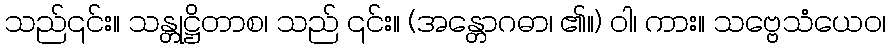
သည်၎င်း။ သန္တုဋ္ဌိတာစ၊ သည် ၎င်း။ (အန္တောဂဓာ၊ ၏။) ဝါ၊ ကား။ သဗ္ဗေသံယေဝ၊